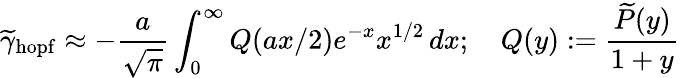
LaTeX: \widetilde\gamma_{\mathrm{hopf}}\approx-\frac{a}{\sqrt{\pi}}\int_{0}^{\infty}Q(ax/2)e^{-x}x^{1/2}\, dx;\quad Q(y):=\frac{\widetilde{P}(y)}{1+y}